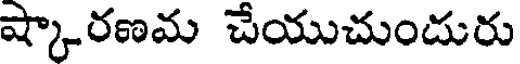
ష్కారణమ చేయుచుందురు